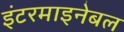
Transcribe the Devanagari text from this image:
इंटरमाइनेबल